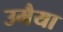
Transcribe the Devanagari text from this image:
उमैया